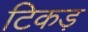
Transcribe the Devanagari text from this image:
टिकड़